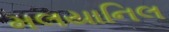
મલયાનિલ